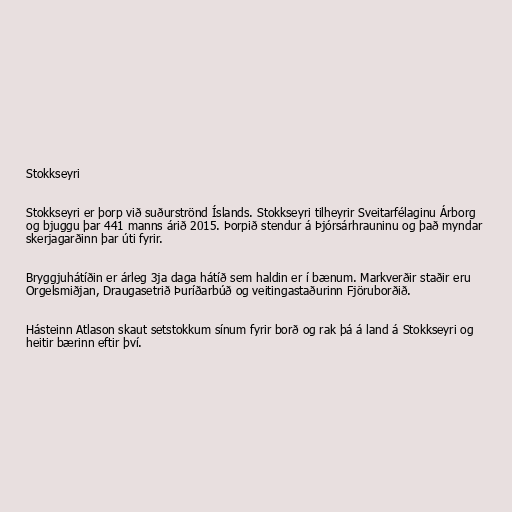
Stokkseyri

Stokkseyri er þorp við suðurströnd Íslands. Stokkseyri tilheyrir Sveitarfélaginu Árborg
og bjuggu þar 441 manns árið 2015. Þorpið stendur á Þjórsárhrauninu og það myndar
skerjagarðinn þar úti fyrir.

Bryggjuhátíðin er árleg 3ja daga hátíð sem haldin er í bænum. Markverðir staðir eru
Orgelsmiðjan, Draugasetrið Þuríðarbúð og veitingastaðurinn Fjöruborðið.

Hásteinn Atlason skaut setstokkum sínum fyrir borð og rak þá á land á Stokkseyri og
heitir bærinn eftir því.